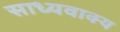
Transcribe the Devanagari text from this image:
साध्यवाक्य